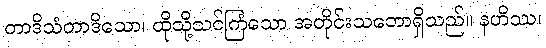
တာဒိသံတာဒိသော၊ ထိုသို့သင်ကြံသော အတိုင်းသဘောရှိသည်။ နဟိဿ၊